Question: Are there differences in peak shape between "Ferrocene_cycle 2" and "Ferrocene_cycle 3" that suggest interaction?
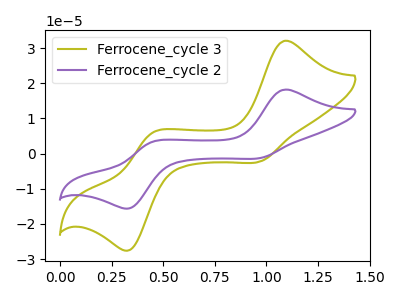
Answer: <think>The olive curve "Ferrocene_cycle 3" has anodic peaks at (1.10V, 32.05uA) (0.45V, 5.95uA) and cathodic peaks at (0.95V, -2.20uA) (0.35V, -27.35uA). The purple curve "Ferrocene_cycle 2" has anodic peaks at (1.10V, 18.20uA) (0.45V, 3.35uA) and cathodic peaks at (0.95V, -1.25uA) (0.35V, -15.50uA).
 All the peaks in "Ferrocene_cycle 2" have a peak in "Ferrocene_cycle 3" at the same potential. Every peak in "Ferrocene_cycle 2" is lower than every peak in "Ferrocene_cycle 3".</think>
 <answer>No, "Ferrocene_cycle 2" and "Ferrocene_cycle 3" don't appear to be significantly different in shape</answer>
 <eval>no_change</eval>